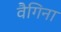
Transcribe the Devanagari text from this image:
वैगिना